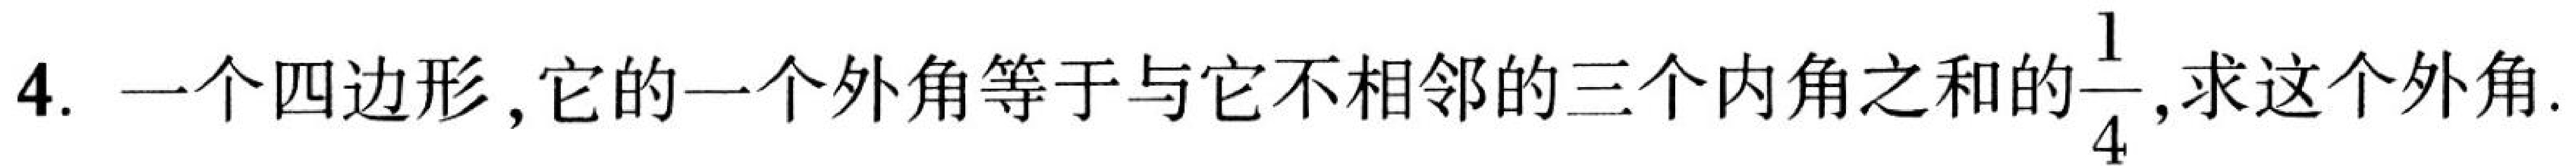
4. 一个四边形，它的一个外角等于与它不相邻的三个内角之和的\(\dfrac{1}{4}\),求这个外角.